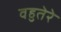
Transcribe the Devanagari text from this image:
वहुतेरे